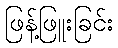
ဖြန့်ဖြူးခြင်း